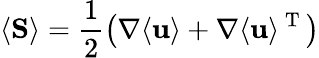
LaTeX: \langle{\mathbf{S}}\rangle=\frac{1}{2}\left(\nabla\langle{\mathbf{u}}\rangle+\nabla\langle{\mathbf{u}}\rangle^{\mathrm{~T~}}\right)